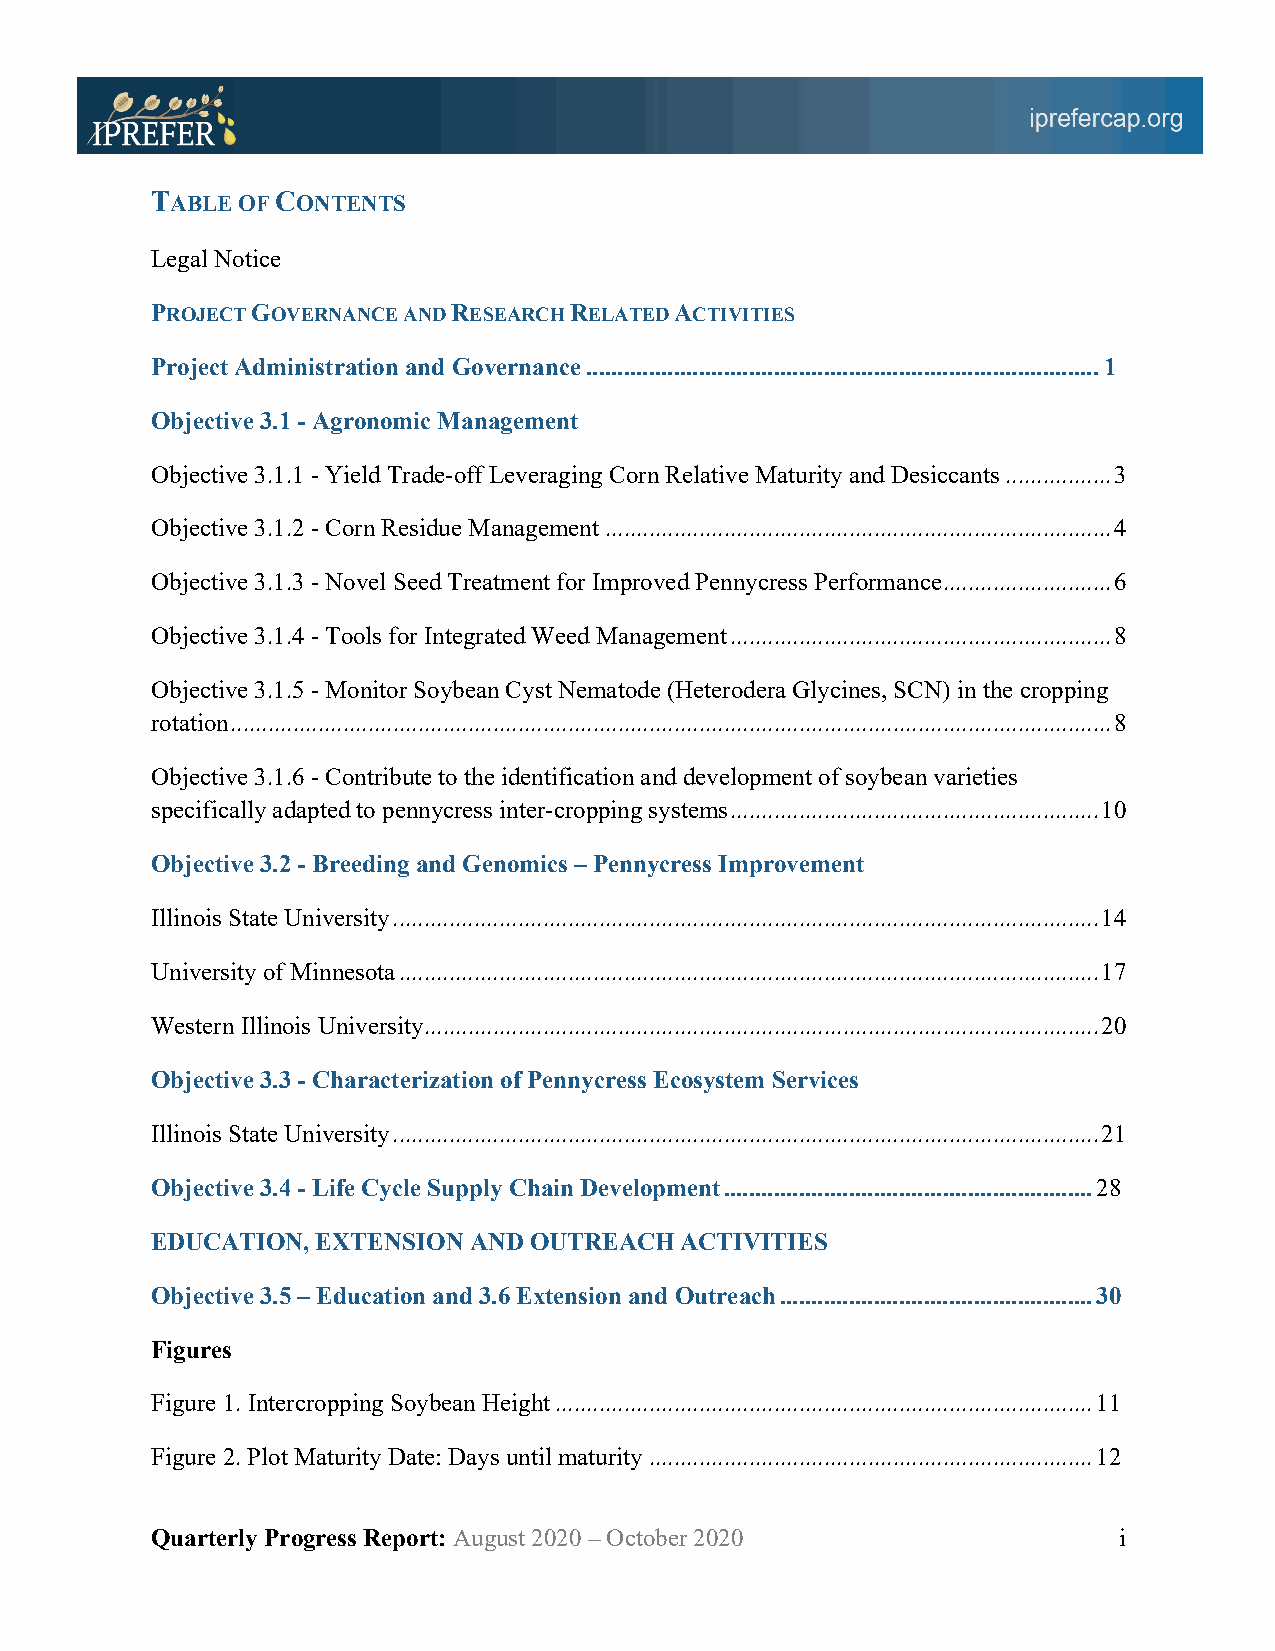
TABLE OF CONTENTS
 Legal Notice
 PROJECT GOVERNANCE AND RESEARCH RELATED ACTIVITIES
 Project Administration and Governance .................................................................................. 1
 Objective 3.1 - Agronomic Management
 Objective 3.1.1 - Yield Trade-off Leveraging Corn Relative Maturity and Desiccants ................. 3
 Objective 3.1.2 - Corn Residue Management ................................................................................. 4
 Objective 3.1.3 - Novel Seed Treatment for Improved Pennycress Performance ........................... 6
 Objective 3.1.4 - Tools for Integrated Weed Management ............................................................. 8
 Objective 3.1.5 - Monitor Soybean Cyst Nematode (Heterodera Glycines, SCN) in the cropping
 rotation ............................................................................................................................................. 8
 Objective 3.1.6 - Contribute to the identification and development of soybean varieties
 specifically adapted to pennycress inter-cropping systems ........................................................... 10
 Objective 3.2 - Breeding and Genomics – Pennycress Improvement
 Illinois State University ................................................................................................................. 14
 University of Minnesota ................................................................................................................ 17
 Western Illinois University ............................................................................................................ 20
 Objective 3.3 - Characterization of Pennycress Ecosystem Services
 Illinois State University ................................................................................................................. 21
 Objective 3.4 - Life Cycle Supply Chain Development ........................................................... 28
 EDUCATION, EXTENSION AND OUTREACH  ACTIVITIES
 Objective 3.5 – Education and 3.6 Extension and Outreach .................................................. 30
 Figures
 Figure 1. Intercropping Soybean Height ...................................................................................... 11
 Figure 2. Plot Maturity Date: Days until maturity ....................................................................... 12
 Quarterly Progress Report: August 2020 – October 2020           i